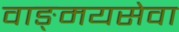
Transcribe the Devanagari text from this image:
वाङ्‌मयसेवा